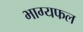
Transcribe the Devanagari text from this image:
भाग्यफल